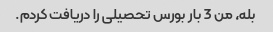
بله، من 3 بار بورس تحصیلی را دریافت کردم.